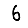
Digit: 6